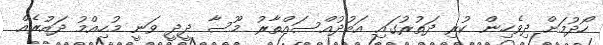
ހޯދުމަށް ދިވެހިން ކުރި ދަތުރުގައި އަބުދުއްސައްތާރު މޫސާ ދީދީ ވަނީ މުހިއްމު ދައުރެއް